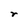
Character: r